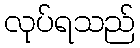
လုပ်ရသည်